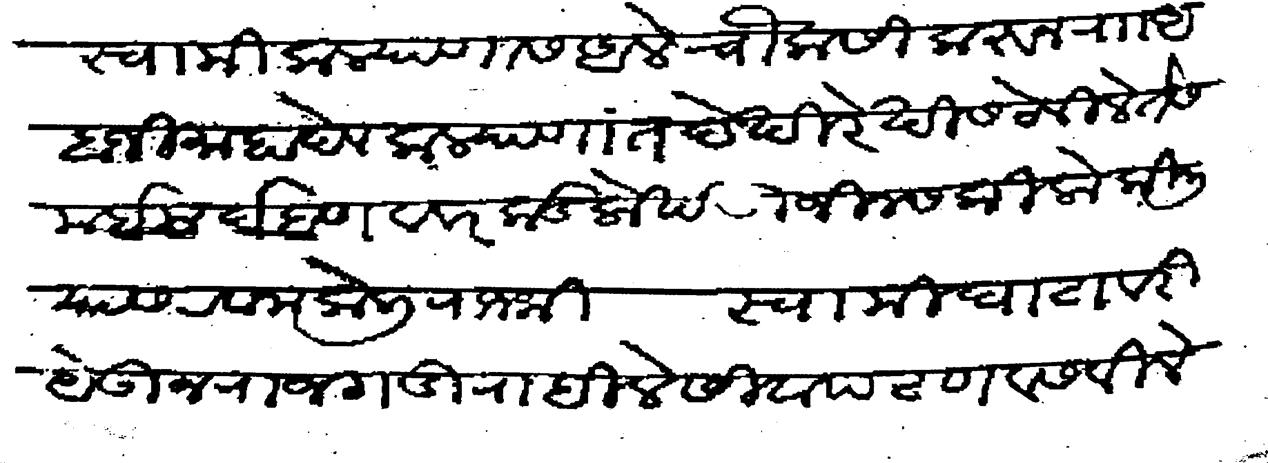
Transliteration (Devanagari): स्वामी कल्याणास आले चौकसी करून राा आबाजी माहादेव कल्याणांत देखीरेखीस ठेविले ते समई मर्दबाण व वरकड लोखंडी जिनस किलो किलीयास रवाना केली राजश्री स्वामी घाटावरी येऊन राजगडी राहिले सीवापटण वसवीले